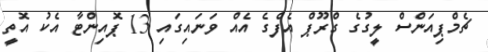
ޗެމްޕިއަންސް ލީގުގެ ގްރޫޕް އެފްގެ އެއް ވަނައިގައި 13 ޕޮއިންޓާ އެކު އޮތީ